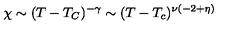
\chi \sim ( T - T _ { C } ) ^ { - \gamma } \sim ( T - T _ { c } ) ^ { \nu ( - 2 + \eta ) }